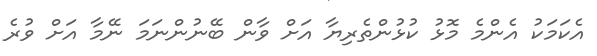
އެކަމަކު އެންމެ މޮޅު ކުޅުންތެރިޔާ އަށް ވާން ބޭނުންނަމަ ނޭމާ އަށް ވުރެ